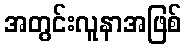
အတွင်းလူနာအဖြစ်